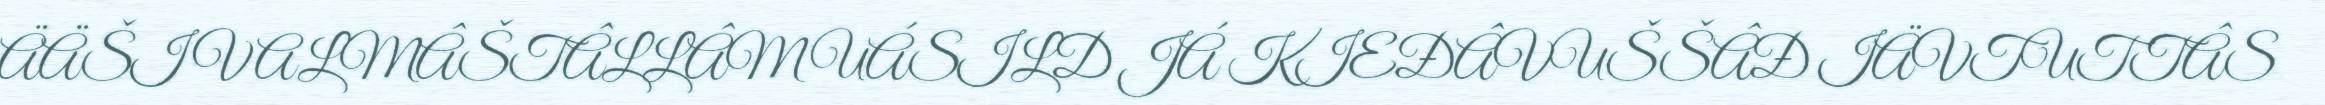
ÄÄŠI VALMÂŠTÂLLÂM UÁSILD JÁ KIEĐÂVUŠŠÂĐ IÄVTUTTÂS